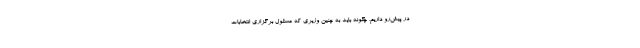
در پیش‌رو داریم، چگونه باید به چنین وزیری که مسئول برگزاری انتخابات